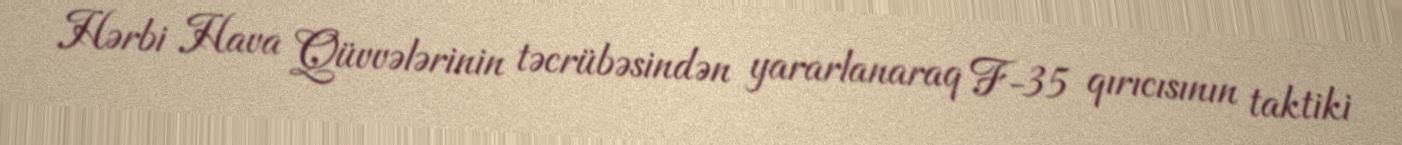
Hərbi Hava Qüvvələrinin təcrübəsindən yararlanaraq F-35 qırıcısının taktiki